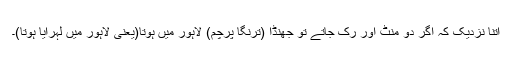
اتنا نزدیک کہ اگر دو منٹ اور رُک جاتے تو جھنڈا (ترنگا پرچم) لاہور میں ہوتا(یعنی لاہور میں لہرایا ہوتا)۔